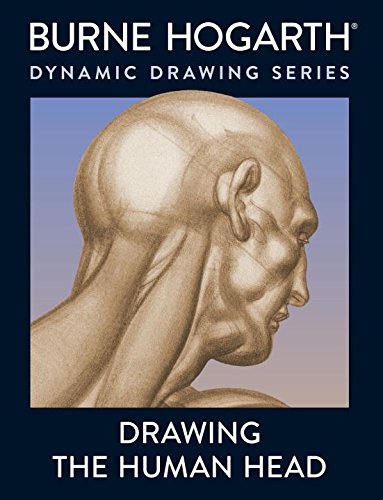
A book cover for Drawing the Human Head; Burne Hogarth; Arts & Photography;